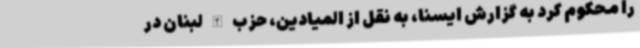
را محکوم کرد به گزارش ایسنا، به نقل از المیادین، حزب الله لبنان در